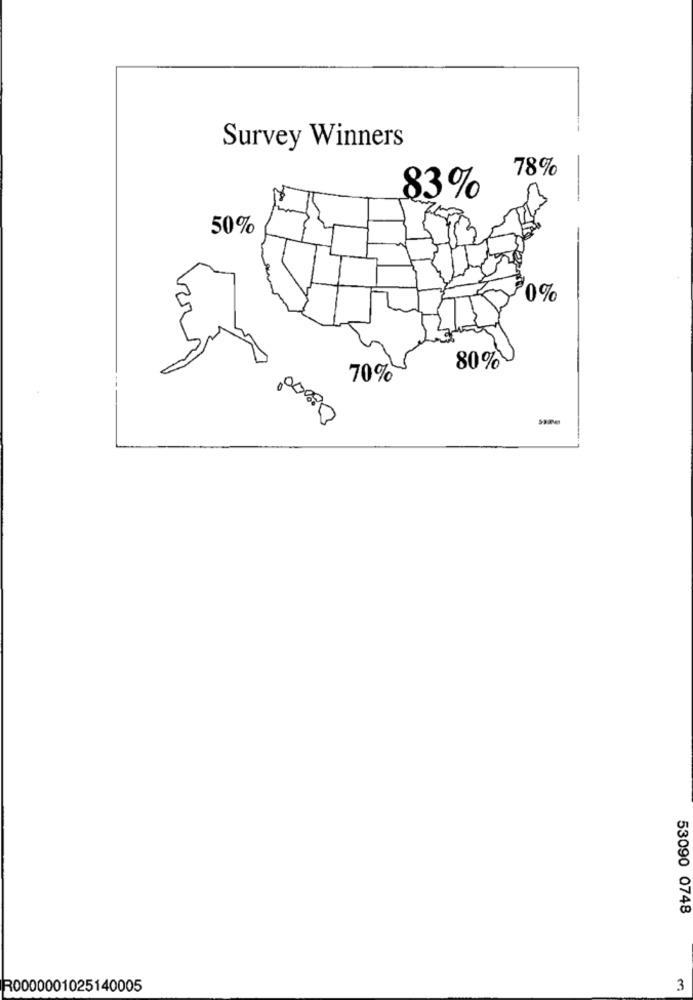
Survey Winners
78%
83%
50
'0%
08000
80%
70%
53090 0748
R0000001025140005
3